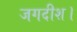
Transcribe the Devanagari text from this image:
जगदीश।